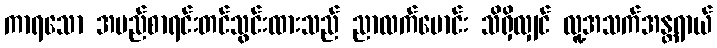
ကာရသော အမည်စာရင်းတင်သွင်းထားသည် ညာလက်မောင်း သိရှိလျှင် လူ့အသက်အန္တရာယ်